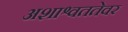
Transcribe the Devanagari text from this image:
अशाश्वततेवर